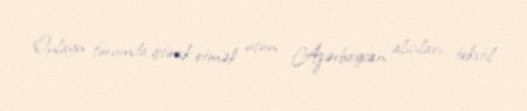
Onlayn forumda iştirak etmək üçün Azərbaycan alıcıları, tekstil